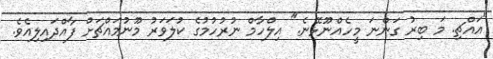
"އައްޗި. މަ ބިރު ގަންނަ މީހެއްނޫޅޭނެ." އިލްހާމް ނުރުހުމުގެ ކުލަވަރު މޫނުމައްޗަށް ފާއްދައިލިއެވެ.